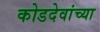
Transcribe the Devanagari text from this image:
कोडदेवांच्या